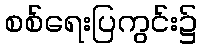
စစ်ရေးပြကွင်း၌